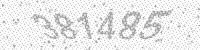
Solution: 381485